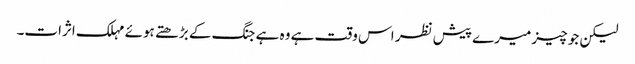
لیکن جو چیز میرے پیش نظر اس وقت ہے وہ ہے جنگ کے بڑھتے ہوئے مہلک اثرات۔